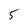
Character: 5